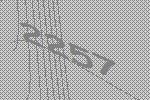
2257